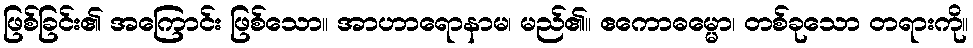
ဖြစ်ခြင်း၏ အကြောင်း ဖြစ်သော။ အာဟာရောနာမ၊ မည်၏။ ဧကောဓမ္မော၊ တစ်ခုသော တရားကို။